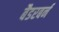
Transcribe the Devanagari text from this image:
बैडरबर्न